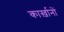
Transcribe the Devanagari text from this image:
कार्ख़ानों